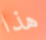
هذا